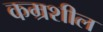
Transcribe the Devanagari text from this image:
कम्रशील